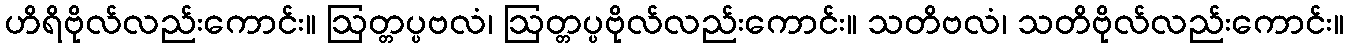
ဟိရိဗိုလ်လည်းကောင်း။ ဩတ္တပ္ပဗလံ၊ ဩတ္တပ္ပဗိုလ်လည်းကောင်း။ သတိဗလံ၊ သတိဗိုလ်လည်းကောင်း။